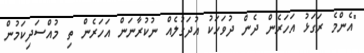
"އެންމެ ރަގަޅު އަހަރެން ދެން ދުވަހަކު އުދަގުލެއް ނުކުރާނަން އަހަރެން ތި މުއްސަދިކަމުން